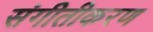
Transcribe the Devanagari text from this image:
संगीतीकरण